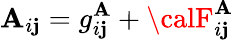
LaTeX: {\cal\mathbf{A}}_{i\mathbf{j}}=g_{i\mathbf{j}}^{\mathbf{A}}+{\calF}_{i\mathbf{j}}^{\mathbf{A}}